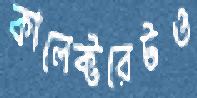
কালেক্টরেটও